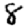
Digit: 8